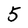
Character: 5